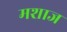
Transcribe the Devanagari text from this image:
मशाज